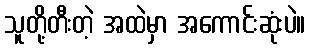
သူတို့တီးတဲ့ အထဲမှာ အကောင်းဆုံးပဲ။